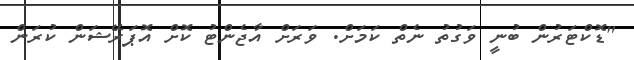
"ޑޮކްޓަރުން ބުނީ ވަގުތު ނެތް ކަމަށް. ވަރަށް އާޖެންޓު ކޮށް އޮޕަރޭޝަން ކުރަން